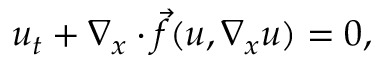
u _ { t } + \nabla _ { x } \cdot \vec { f } ( u , \nabla _ { x } u ) = 0 ,